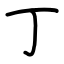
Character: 丁